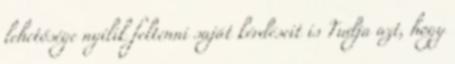
lehetősége nyílik feltenni saját kérdéseit is Tudja azt, hogy